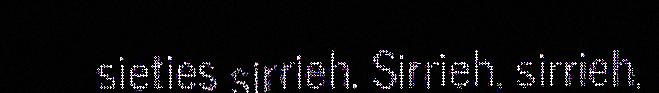
sieties sirrieh. Sirrieh, sirrieh,